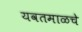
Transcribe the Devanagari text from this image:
यवतमाळचे